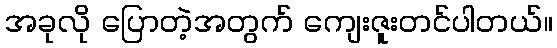
အခုလို ပြောတဲ့အတွက် ကျေးဇူးတင်ပါတယ်။